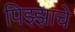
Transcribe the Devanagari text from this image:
पिझ्झाचे